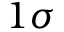
1 \sigma